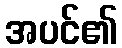
အပင်၏